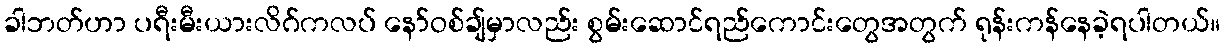
ခါဘတ်ဟာ ပရီးမီးယားလိဂ်ကလပ် နော်ဝစ်ချ်မှာလည်း စွမ်းဆောင်ရည်ကောင်းတွေအတွက် ရုန်းကန်နေခဲ့ရပါတယ်။